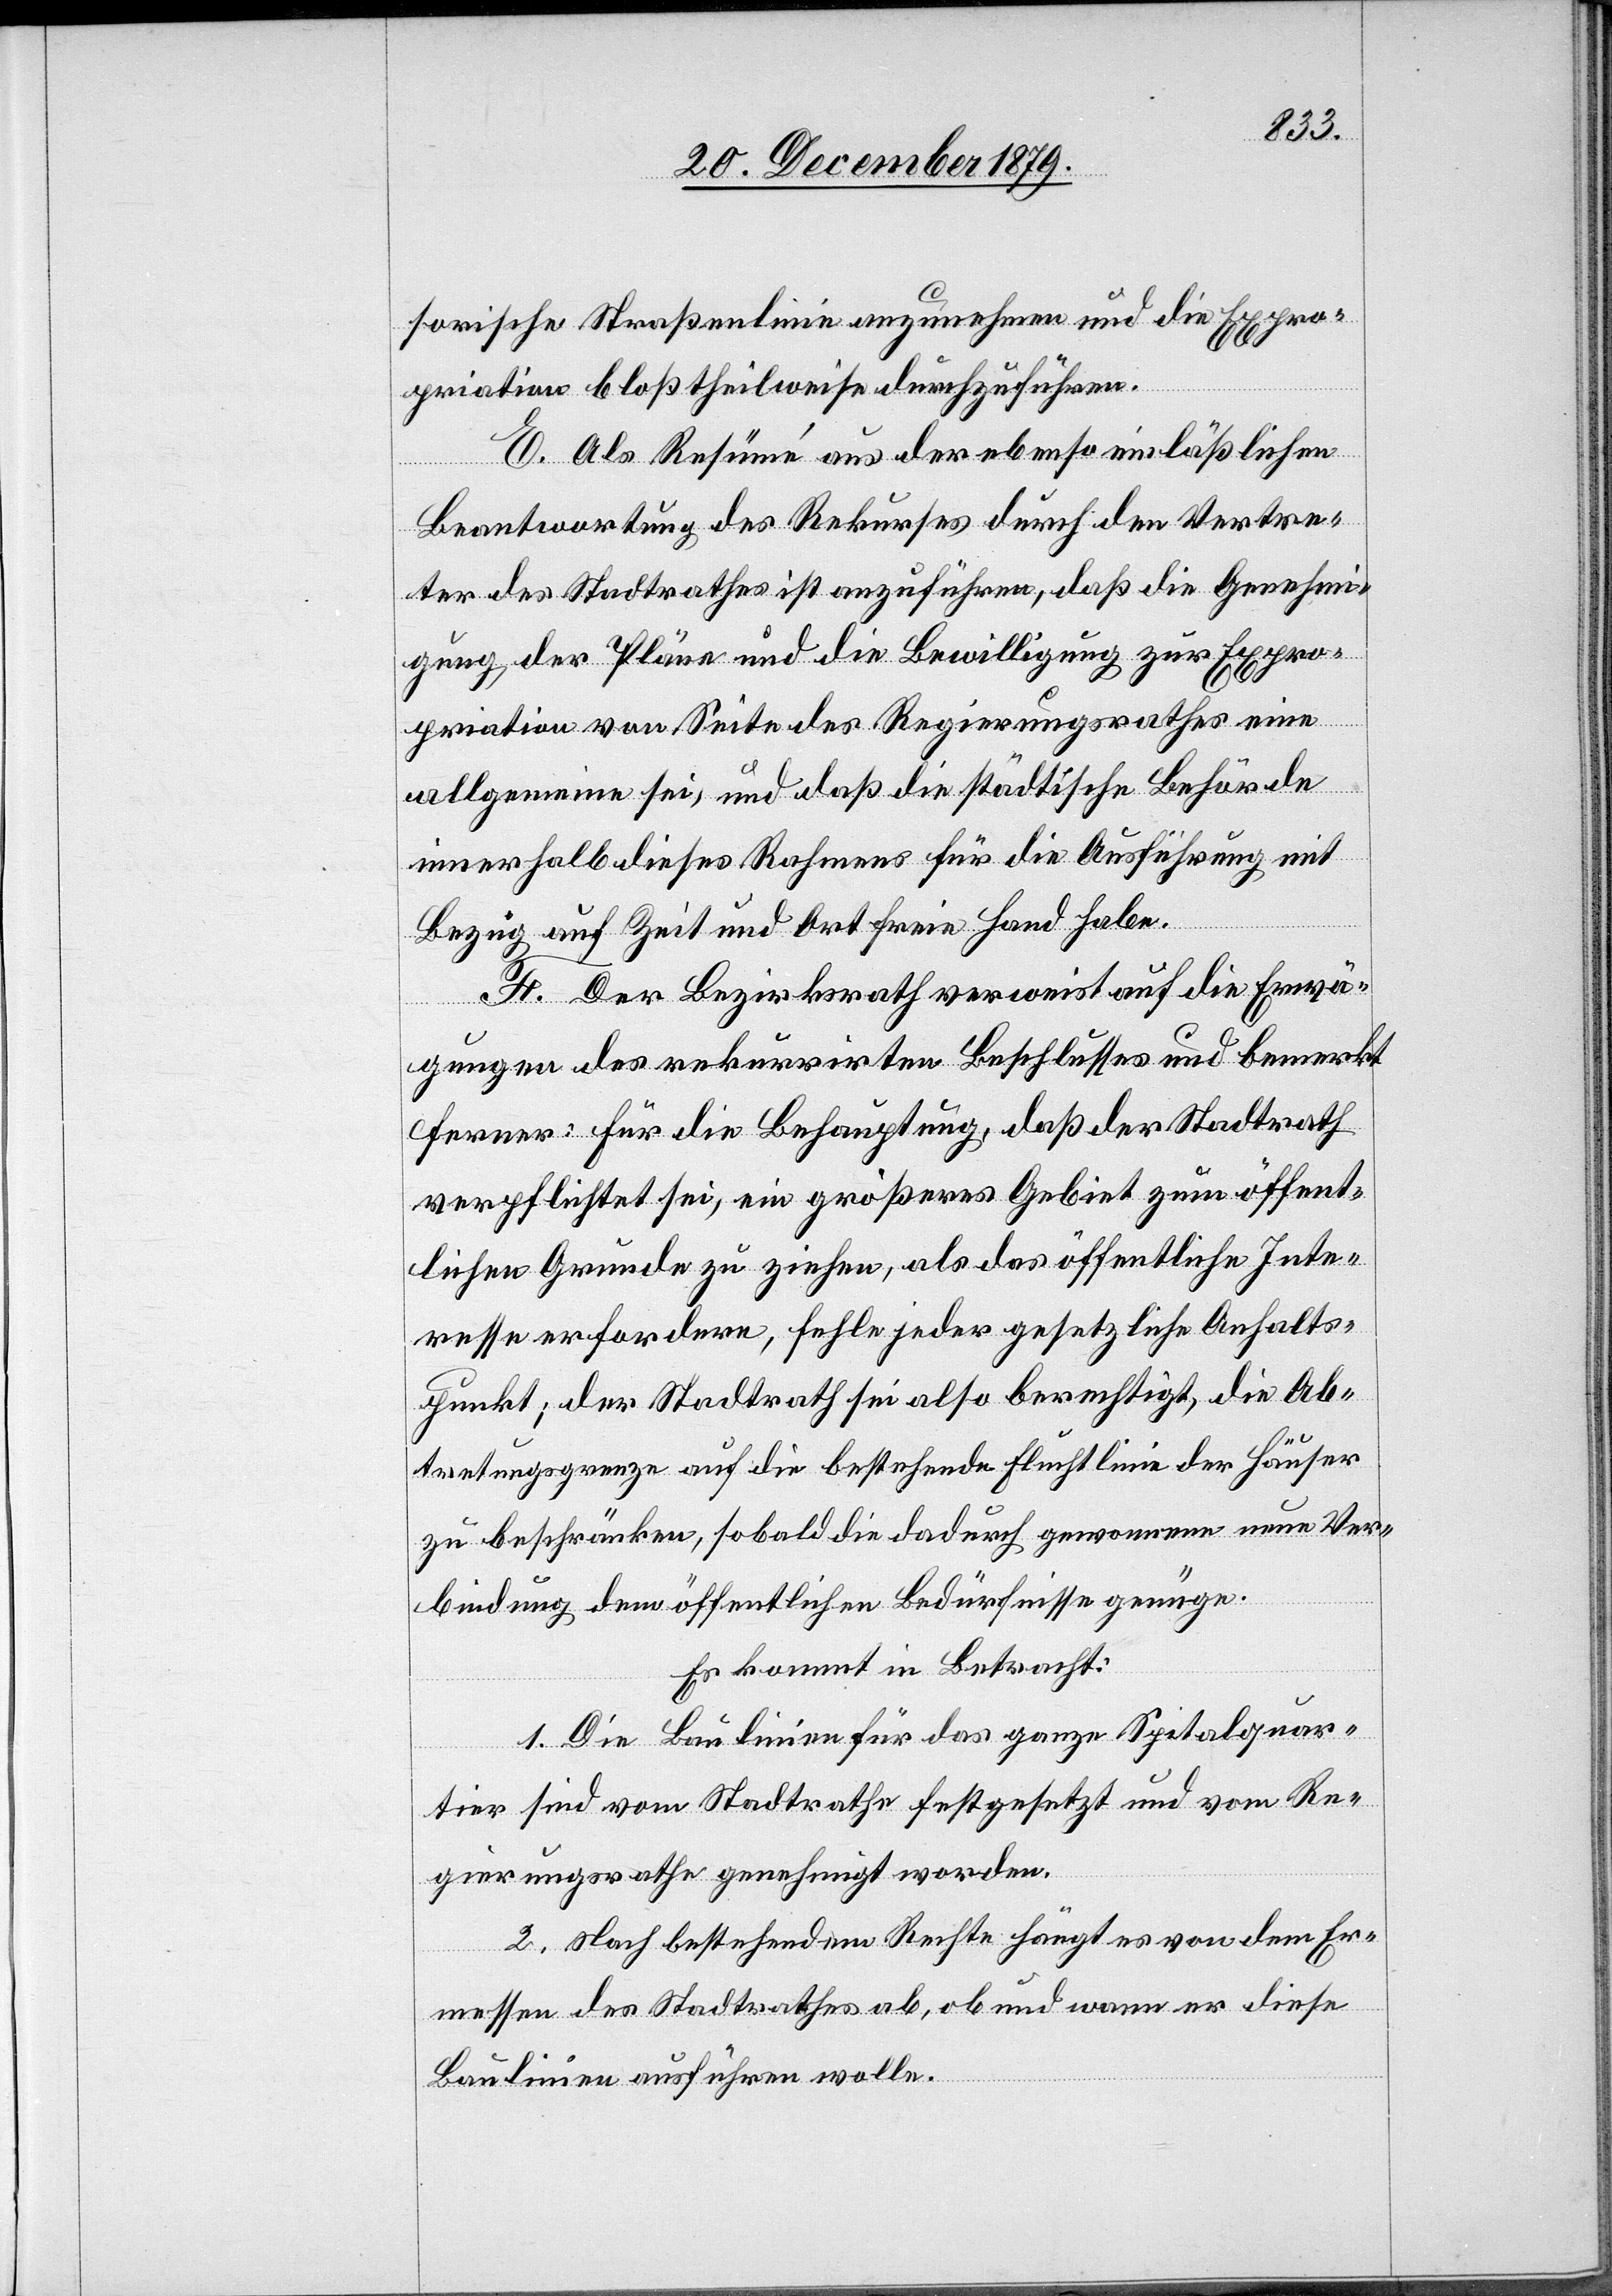
sorische Straßenlinie anzunehmen und die Expro¬
priation bloß theilweise durchzuführen.
E. Als Resümé aus der ebenso einläßlichen
Beantwortung des Rekurses durch den Vertre¬
ter des Stadtrathes ist anzuführen, daß die Genehmi¬
gung der Pläne und die Bewilligung zur Expro¬
priation von Seite des Regierungsrathes eine
allgemeine sei, und daß die städtische Behörde
innerhalb dieses Rahmens für die Ausführung mit
Bezug auf Zeit und Ort freie Hand habe.
F. Der Bezirksrath verweist auf die Erwä¬
gungen des rekurrirten Beschlusses und bemerkt
ferner: Für die Behauptung, daß der Stadtrath
verpflichtet sei, ein größeres Gebiet zum öffent¬
lichen Grunde zu ziehen, als das öffentliche Inte¬
resse erfordere, fehle jeder gesetzliche Anhalts¬
punkt; der Stadtrath sei also berechtigt, die Ab¬
tretungsgrenze auf die bestehende Fluchtlinie der Häuser
zu beschränken, sobald die dadurch gewonnene neue Ver¬
bindung dem öffentlichen Bedürfnisse genüge.
Es kommt in Betracht:
1. Die Baulinien für das ganze Spitalquar¬
tier sind vom Stadtrathe festgesetzt und vom Re¬
gierungsrathe genehmigt worden.
2. Nach bestehendem Rechte hängt es von dem Er¬
messen des Stadtrathes ab, ob und wann er diese
Baulinie ausführen wolle.